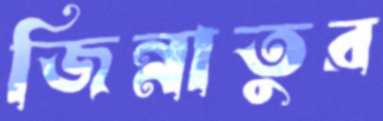
জিন্নাতুর